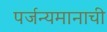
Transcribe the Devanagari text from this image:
पर्जन्यमानाची